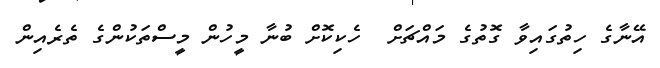
އޭނާގެ ހިތުގައިވާ ގޮތުގެ މައްޗަށް  ހެކިކޮށް ބުނާ މީހުން މީސްތަކުންގެ ތެރެއިން